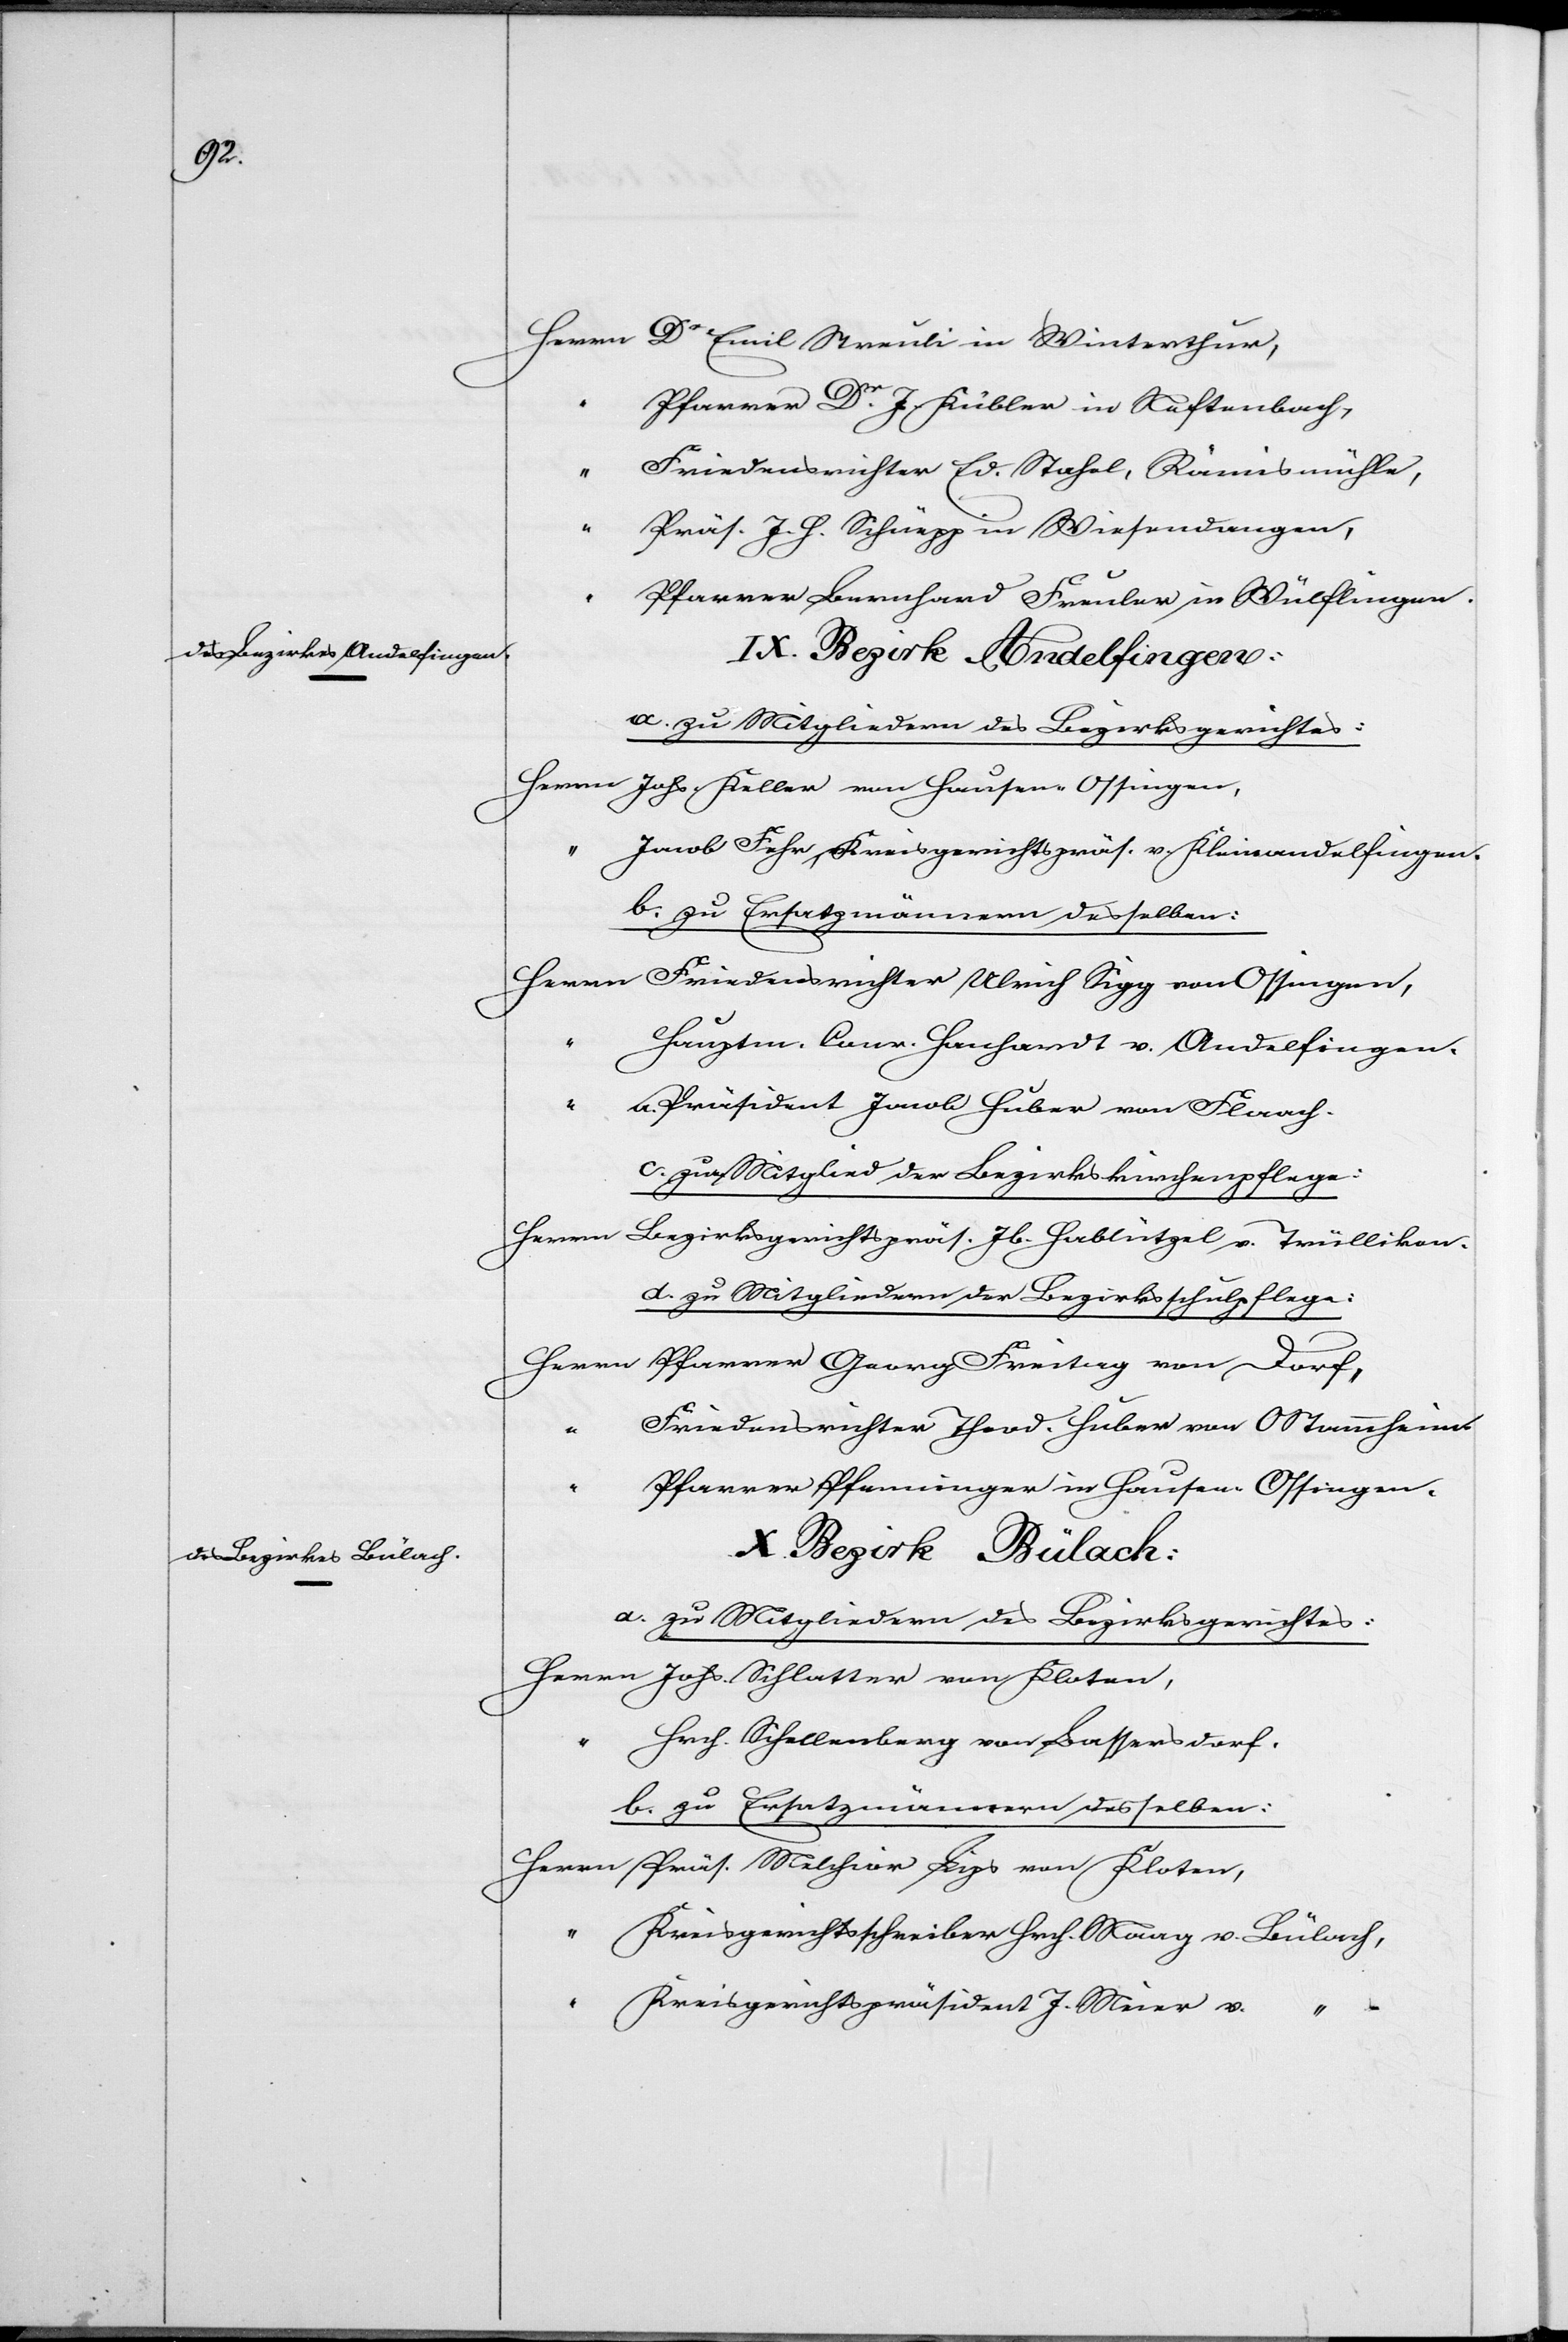
“		K¬

Herrn	Dr Emil Streuli in Winterthur,
“		Pfarrer Dr J. Kübler in Neftenbach,
“ .
riedensrichter Ed. Stahel, Rämismühle,
“		Präs. J. H. Schüepp in Wiesendangen,
“		Pfarrer Bernhard Freuler in Wülflingen.
IX. Bezirk Andelfingen:
a. zu Mitgliedern des Bezirksgerichtes:
Herrn	Johs. Keller von Hausen Ossingen,
acob Fehr, Kreisgerichtspräs. v. Kleinandelfingen.
b. zu Ersatzmännern desselben:
Herrn	Friedensrichter Ulrich Sigg von Ossingen,
“		Hauptm. Conr. Hanhardt v. Andelfingen.
Präsident Jacob Huber von Flaach.
c. zum Mitglied der Bezirkskirchenpflege:
Herrn	Bezirksgerichtspräs. Jb. Hablützel v. Trüllikon.
d. zu Mitgliedern der Bezirksschulpflege:
Herrn	Pfarrer Georg Freitag von Dorf,
“		Friedensrichter Theod. Huber von OStammheim.
“		Pfarrer Pfenninger in Hausen-Ossingen.
X. Bezirk Bülach:
a. zu Mitgliedern des Bezirksgerichtes:
Herrn	Johs. Schlatter von Kloten,
rch. Schellenberg von Bassersdorf.
b. zu Ersatzmännern desselben:
Herrn	Präs. Melchior Lips von Kloten,
reisgerichtsschreiber Hrch. Maag v. Bülach,
“		Kreisgerichtspräsident J. Meier v.